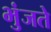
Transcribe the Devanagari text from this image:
भुंजते